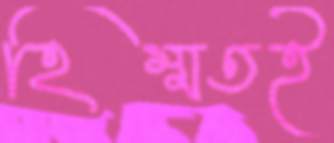
হিম্মতই